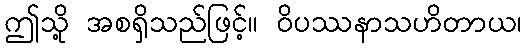
ဤသို့ အစရှိသည်ဖြင့်။ ဝိပဿနာသဟိတာယ၊